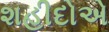
શહીદોએ